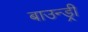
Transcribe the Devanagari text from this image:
बाउन्ड्री